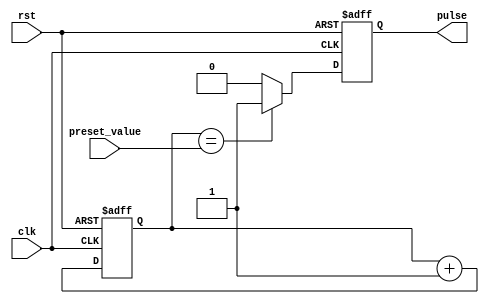
module variable_pulse_width_generator (
    input wire clk,
    input wire rst,
    input wire [7:0] preset_value,
    output reg pulse
);

reg [7:0] counter;

always @(posedge clk or posedge rst) begin
    if (rst) begin
        counter <= 0;
        pulse <= 0;
    end else begin
        if (counter == preset_value) begin
            pulse <= 1;
        end else begin
            pulse <= 0;
        end
        counter <= counter + 1;
    end
end

endmodule